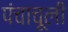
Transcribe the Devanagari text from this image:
पंचाचूली